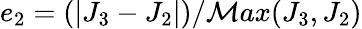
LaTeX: e_{2}=(|J_{3}-J_{2}|)/\mathcal{M}ax(J_{3},J_{2})